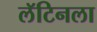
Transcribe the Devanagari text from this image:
लॅटिनला